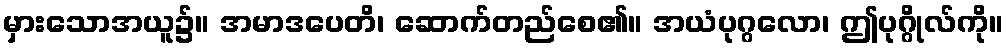
မှားသောအယူ၌။ အမာဒပေတိ၊ ဆောက်တည်စေ၏။ အယံပုဂ္ဂလော၊ ဤပုဂ္ဂိုလ်ကို။